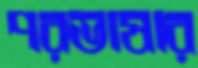
পরভাষার